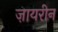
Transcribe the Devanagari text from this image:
ज़ायरीन